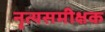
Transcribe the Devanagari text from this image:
नृत्यसमीक्षक